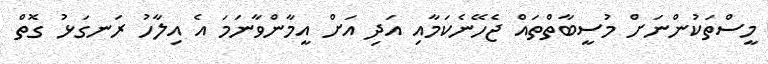
މީސްތަކުންނަށް މުސީބާތްތައް ޖެހޭނެކަމާއި އަދި އަށް އީމާންވާނަމަ އެ އިލާހު ރަނގަޅު ގޮތް